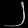
Digit: ၂